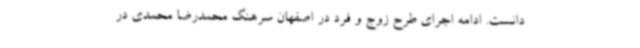
دانست. ادامه اجرای طرح زوج و فرد در اصفهان سرهنگ‌ محمدرضا محمدی در